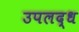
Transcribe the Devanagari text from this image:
उपलद्ध